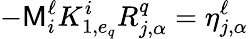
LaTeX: -\mathsf{M}_{i}^{\ell}K_{1,e_{q}}^{i}R_{j,\alpha}^{q}=\eta_{j,\alpha}^{\ell}